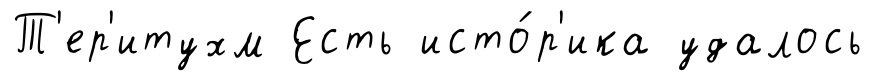
Т'ер'итухм Есть исто́р'ика удалось